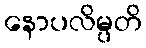
နောပလိမ္ပတိ